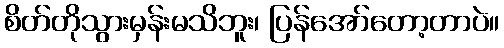
စိတ်တိုသွားမှန်းမသိဘူး၊ ပြန်အော်တော့တာပဲ။